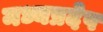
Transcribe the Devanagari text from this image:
मध्यप्रदेष